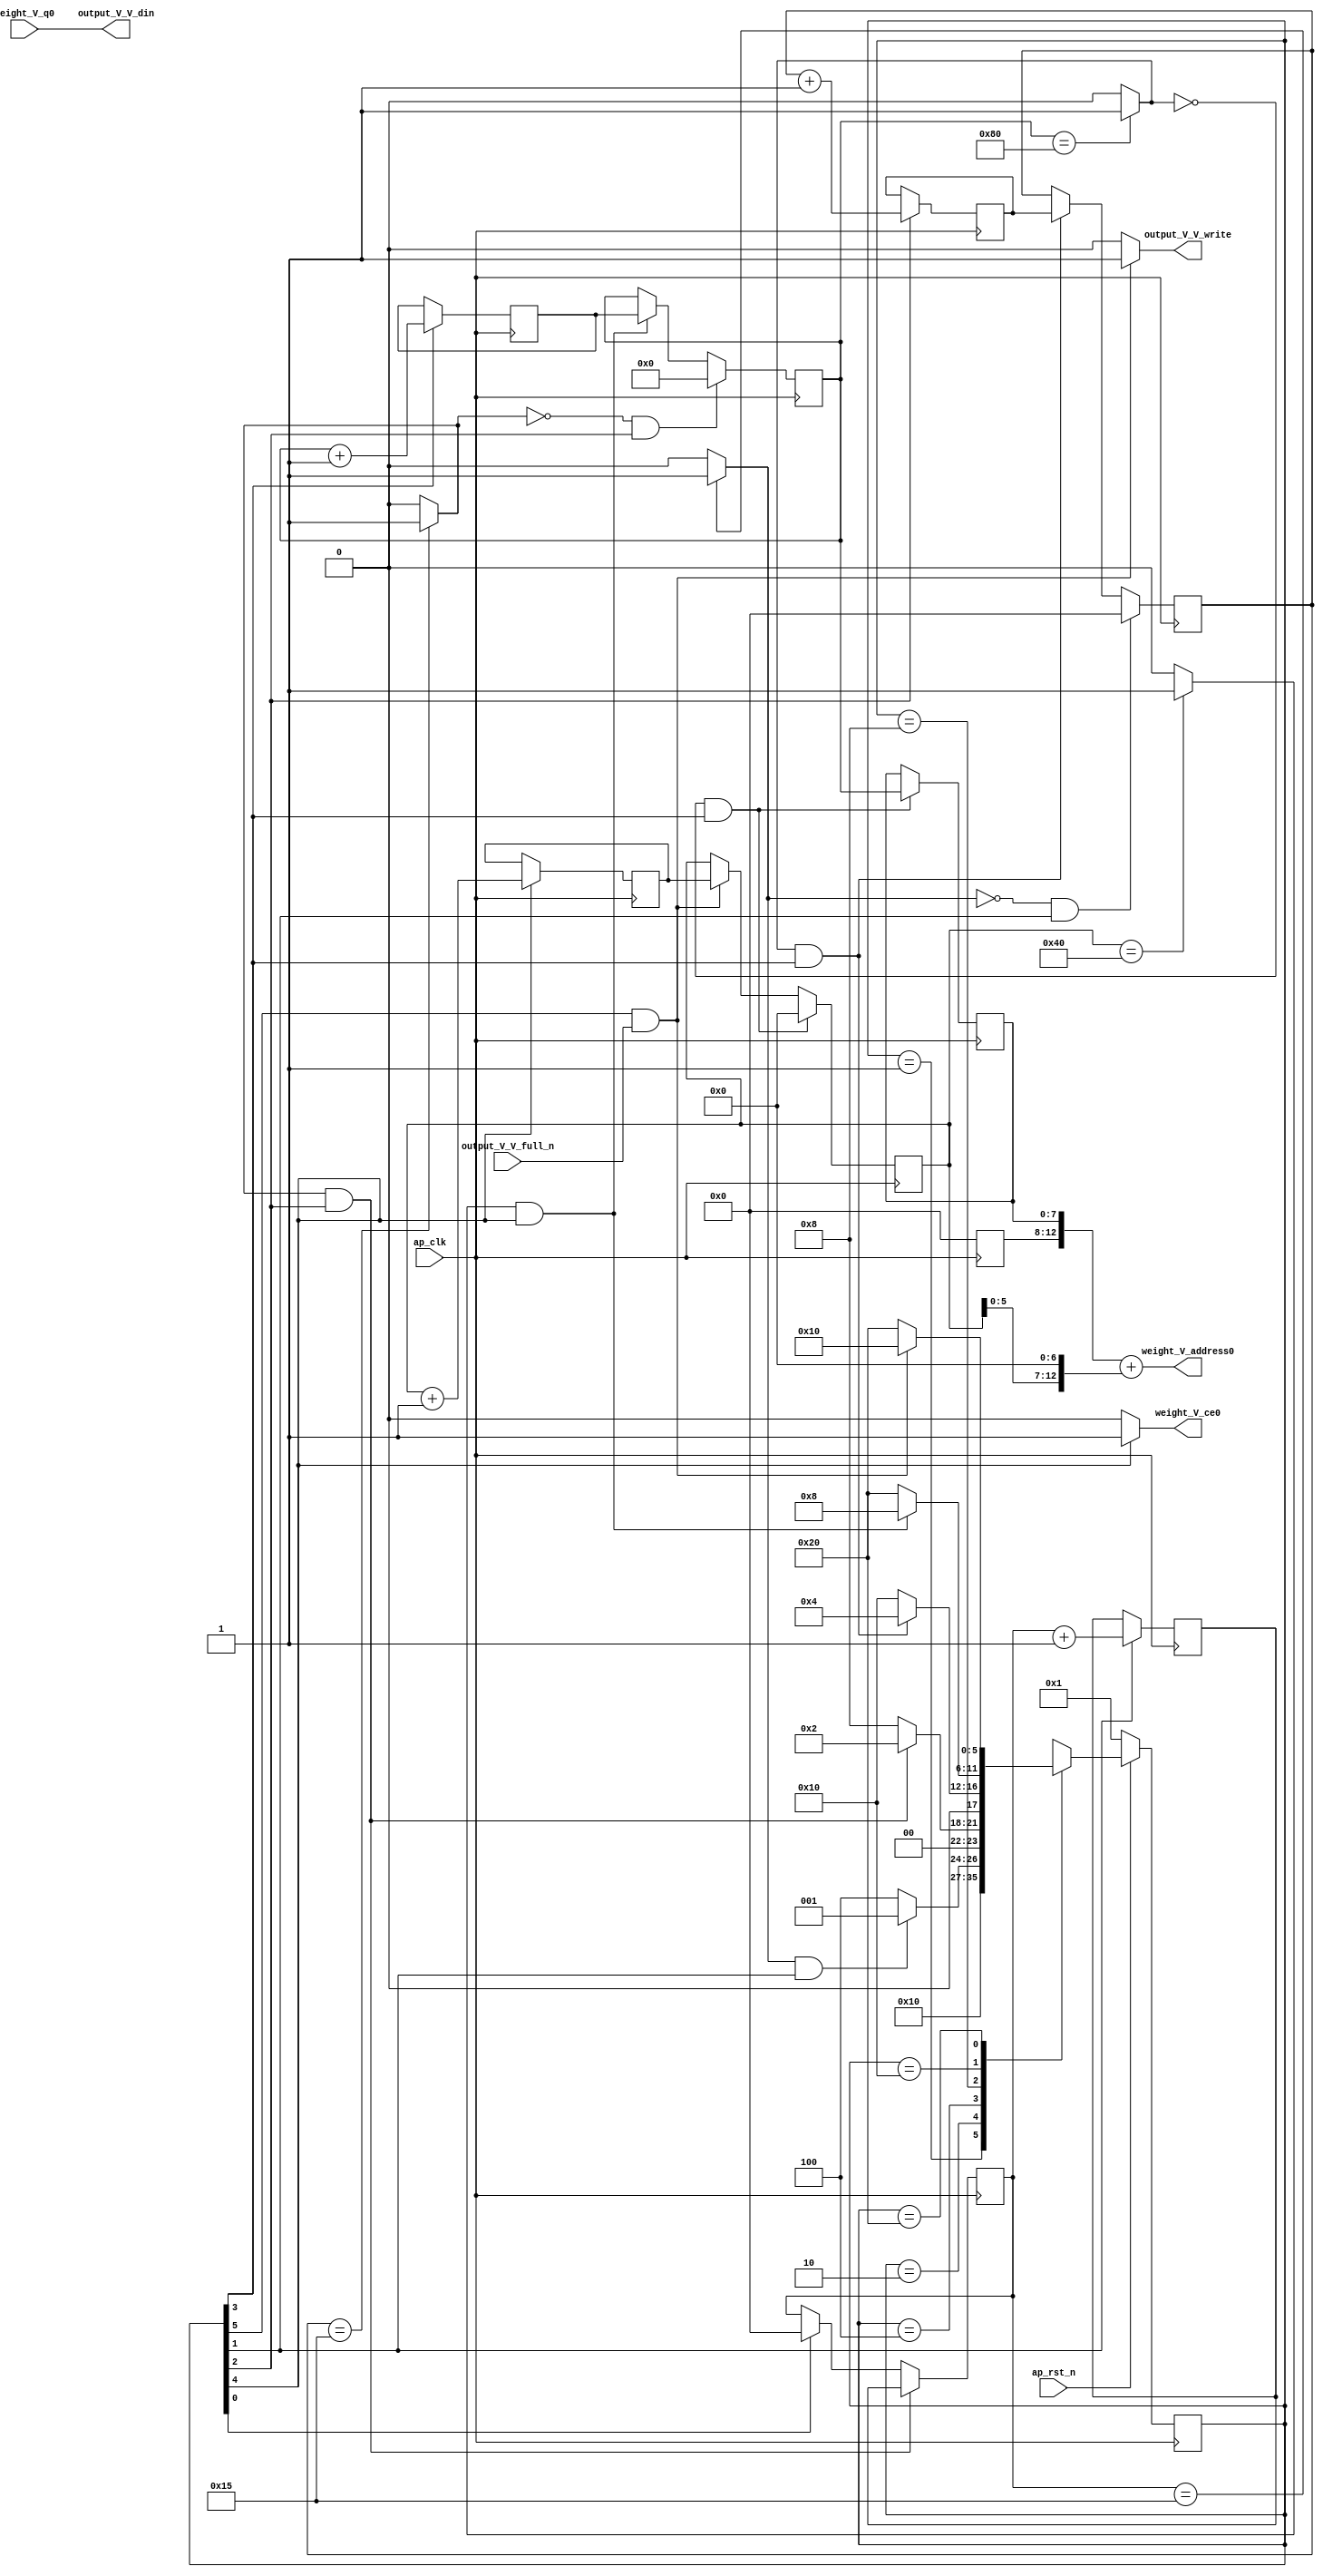
// ==============================================================
// RTL generated by Vivado(TM) HLS - High-Level Synthesis from C, C++ and SystemC
// Version: 2017.4
// Copyright (C) 1986-2017 Xilinx, Inc. All Rights Reserved.
// 
// ===========================================================

`timescale 1 ns / 1 ps 

(* CORE_GENERATION_INFO="weight_s_15,hls_ip_2017_4,{HLS_INPUT_TYPE=cxx,HLS_INPUT_FLOAT=0,HLS_INPUT_FIXED=1,HLS_INPUT_PART=xc7z020clg484-1,HLS_INPUT_CLOCK=10.000000,HLS_INPUT_ARCH=others,HLS_SYN_CLOCK=6.888000,HLS_SYN_LAT=7339165,HLS_SYN_TPT=none,HLS_SYN_MEM=0,HLS_SYN_DSP=0,HLS_SYN_FF=64,HLS_SYN_LUT=211}" *)

module weight_s_15 (
        ap_clk,
        ap_rst_n,
        output_V_V_din,
        output_V_V_full_n,
        output_V_V_write,
        weight_V_address0,
        weight_V_ce0,
        weight_V_q0
);

parameter    ap_ST_fsm_state1 = 6'd1;
parameter    ap_ST_fsm_state2 = 6'd2;
parameter    ap_ST_fsm_state3 = 6'd4;
parameter    ap_ST_fsm_state4 = 6'd8;
parameter    ap_ST_fsm_state5 = 6'd16;
parameter    ap_ST_fsm_state6 = 6'd32;

input   ap_clk;
input   ap_rst_n;
output  [7:0] output_V_V_din;
input   output_V_V_full_n;
output   output_V_V_write;
output  [12:0] weight_V_address0;
output   weight_V_ce0;
input  [7:0] weight_V_q0;

reg output_V_V_write;
reg weight_V_ce0;

reg    ap_rst_n_inv;
reg    output_V_V_blk_n;
(* fsm_encoding = "none" *) reg   [5:0] ap_CS_fsm;
wire    ap_CS_fsm_state6;
wire   [4:0] hout_1_fu_138_p2;
reg   [4:0] hout_1_reg_209;
wire    ap_CS_fsm_state2;
wire   [4:0] wout_1_fu_150_p2;
reg   [4:0] wout_1_reg_217;
wire    ap_CS_fsm_state3;
wire   [7:0] pkern_1_fu_162_p2;
reg   [7:0] pkern_1_reg_225;
wire    ap_CS_fsm_state4;
wire   [14:0] tmp_4_cast_fu_168_p1;
reg   [14:0] tmp_4_cast_reg_230;
wire   [0:0] exitcond7_fu_156_p2;
wire   [6:0] pout_1_fu_178_p2;
reg   [6:0] pout_1_reg_238;
wire    ap_CS_fsm_state5;
wire   [0:0] exitcond_fu_172_p2;
reg   [4:0] hout_reg_88;
wire    ap_CS_fsm_state1;
wire   [0:0] exitcond2_fu_144_p2;
reg   [4:0] wout_reg_99;
wire   [0:0] exitcond1_fu_132_p2;
reg   [7:0] pkern_reg_110;
reg   [6:0] pout_reg_121;
wire   [63:0] tmp_2_cast_fu_201_p1;
wire   [13:0] tmp_fu_184_p3;
wire   [14:0] tmp_1_cast_fu_192_p1;
wire   [14:0] tmp_2_fu_196_p2;
reg   [5:0] ap_NS_fsm;

// power-on initialization
initial begin
#0 ap_CS_fsm = 6'd1;
end

always @ (posedge ap_clk) begin
    if (ap_rst_n_inv == 1'b1) begin
        ap_CS_fsm <= ap_ST_fsm_state1;
    end else begin
        ap_CS_fsm <= ap_NS_fsm;
    end
end

always @ (posedge ap_clk) begin
    if (((exitcond2_fu_144_p2 == 1'd1) & (1'b1 == ap_CS_fsm_state3))) begin
        hout_reg_88 <= hout_1_reg_209;
    end else if ((1'b1 == ap_CS_fsm_state1)) begin
        hout_reg_88 <= 5'd0;
    end
end

always @ (posedge ap_clk) begin
    if (((exitcond2_fu_144_p2 == 1'd0) & (1'b1 == ap_CS_fsm_state3))) begin
        pkern_reg_110 <= 8'd0;
    end else if (((exitcond_fu_172_p2 == 1'd1) & (1'b1 == ap_CS_fsm_state5))) begin
        pkern_reg_110 <= pkern_1_reg_225;
    end
end

always @ (posedge ap_clk) begin
    if (((exitcond7_fu_156_p2 == 1'd0) & (1'b1 == ap_CS_fsm_state4))) begin
        pout_reg_121 <= 7'd0;
    end else if (((1'b1 == ap_CS_fsm_state6) & (output_V_V_full_n == 1'b1))) begin
        pout_reg_121 <= pout_1_reg_238;
    end
end

always @ (posedge ap_clk) begin
    if (((exitcond1_fu_132_p2 == 1'd0) & (1'b1 == ap_CS_fsm_state2))) begin
        wout_reg_99 <= 5'd0;
    end else if (((exitcond7_fu_156_p2 == 1'd1) & (1'b1 == ap_CS_fsm_state4))) begin
        wout_reg_99 <= wout_1_reg_217;
    end
end

always @ (posedge ap_clk) begin
    if ((1'b1 == ap_CS_fsm_state2)) begin
        hout_1_reg_209 <= hout_1_fu_138_p2;
    end
end

always @ (posedge ap_clk) begin
    if ((1'b1 == ap_CS_fsm_state4)) begin
        pkern_1_reg_225 <= pkern_1_fu_162_p2;
    end
end

always @ (posedge ap_clk) begin
    if ((1'b1 == ap_CS_fsm_state5)) begin
        pout_1_reg_238 <= pout_1_fu_178_p2;
    end
end

always @ (posedge ap_clk) begin
    if (((exitcond7_fu_156_p2 == 1'd0) & (1'b1 == ap_CS_fsm_state4))) begin
        tmp_4_cast_reg_230[7 : 0] <= tmp_4_cast_fu_168_p1[7 : 0];
    end
end

always @ (posedge ap_clk) begin
    if ((1'b1 == ap_CS_fsm_state3)) begin
        wout_1_reg_217 <= wout_1_fu_150_p2;
    end
end

always @ (*) begin
    if ((1'b1 == ap_CS_fsm_state6)) begin
        output_V_V_blk_n = output_V_V_full_n;
    end else begin
        output_V_V_blk_n = 1'b1;
    end
end

always @ (*) begin
    if (((1'b1 == ap_CS_fsm_state6) & (output_V_V_full_n == 1'b1))) begin
        output_V_V_write = 1'b1;
    end else begin
        output_V_V_write = 1'b0;
    end
end

always @ (*) begin
    if ((1'b1 == ap_CS_fsm_state5)) begin
        weight_V_ce0 = 1'b1;
    end else begin
        weight_V_ce0 = 1'b0;
    end
end

always @ (*) begin
    case (ap_CS_fsm)
        ap_ST_fsm_state1 : begin
            ap_NS_fsm = ap_ST_fsm_state2;
        end
        ap_ST_fsm_state2 : begin
            if (((exitcond1_fu_132_p2 == 1'd1) & (1'b1 == ap_CS_fsm_state2))) begin
                ap_NS_fsm = ap_ST_fsm_state1;
            end else begin
                ap_NS_fsm = ap_ST_fsm_state3;
            end
        end
        ap_ST_fsm_state3 : begin
            if (((exitcond2_fu_144_p2 == 1'd1) & (1'b1 == ap_CS_fsm_state3))) begin
                ap_NS_fsm = ap_ST_fsm_state2;
            end else begin
                ap_NS_fsm = ap_ST_fsm_state4;
            end
        end
        ap_ST_fsm_state4 : begin
            if (((exitcond7_fu_156_p2 == 1'd1) & (1'b1 == ap_CS_fsm_state4))) begin
                ap_NS_fsm = ap_ST_fsm_state3;
            end else begin
                ap_NS_fsm = ap_ST_fsm_state5;
            end
        end
        ap_ST_fsm_state5 : begin
            if (((exitcond_fu_172_p2 == 1'd1) & (1'b1 == ap_CS_fsm_state5))) begin
                ap_NS_fsm = ap_ST_fsm_state4;
            end else begin
                ap_NS_fsm = ap_ST_fsm_state6;
            end
        end
        ap_ST_fsm_state6 : begin
            if (((1'b1 == ap_CS_fsm_state6) & (output_V_V_full_n == 1'b1))) begin
                ap_NS_fsm = ap_ST_fsm_state5;
            end else begin
                ap_NS_fsm = ap_ST_fsm_state6;
            end
        end
        default : begin
            ap_NS_fsm = 'bx;
        end
    endcase
end

assign ap_CS_fsm_state1 = ap_CS_fsm[32'd0];

assign ap_CS_fsm_state2 = ap_CS_fsm[32'd1];

assign ap_CS_fsm_state3 = ap_CS_fsm[32'd2];

assign ap_CS_fsm_state4 = ap_CS_fsm[32'd3];

assign ap_CS_fsm_state5 = ap_CS_fsm[32'd4];

assign ap_CS_fsm_state6 = ap_CS_fsm[32'd5];

always @ (*) begin
    ap_rst_n_inv = ~ap_rst_n;
end

assign exitcond1_fu_132_p2 = ((hout_reg_88 == 5'd21) ? 1'b1 : 1'b0);

assign exitcond2_fu_144_p2 = ((wout_reg_99 == 5'd21) ? 1'b1 : 1'b0);

assign exitcond7_fu_156_p2 = ((pkern_reg_110 == 8'd128) ? 1'b1 : 1'b0);

assign exitcond_fu_172_p2 = ((pout_reg_121 == 7'd64) ? 1'b1 : 1'b0);

assign hout_1_fu_138_p2 = (hout_reg_88 + 5'd1);

assign output_V_V_din = weight_V_q0;

assign pkern_1_fu_162_p2 = (pkern_reg_110 + 8'd1);

assign pout_1_fu_178_p2 = (pout_reg_121 + 7'd1);

assign tmp_1_cast_fu_192_p1 = tmp_fu_184_p3;

assign tmp_2_cast_fu_201_p1 = tmp_2_fu_196_p2;

assign tmp_2_fu_196_p2 = (tmp_4_cast_reg_230 + tmp_1_cast_fu_192_p1);

assign tmp_4_cast_fu_168_p1 = pkern_reg_110;

assign tmp_fu_184_p3 = {{pout_reg_121}, {7'd0}};

assign weight_V_address0 = tmp_2_cast_fu_201_p1;

assign wout_1_fu_150_p2 = (wout_reg_99 + 5'd1);

always @ (posedge ap_clk) begin
    tmp_4_cast_reg_230[14:8] <= 7'b0000000;
end

endmodule //weight_s_15